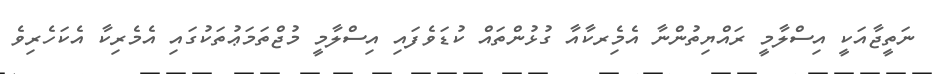
ނަތީޖާއަކީ އިސްލާމީ ރައްޔިތުންނާ އެމެިރކާއާ ގުޅުންތައް ކުޑަވެފައި އިސްލާމީ މުޖްތަމަޢުތަކުގައި އެމެރިކާ އެކަހެރިވެ